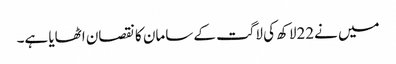
میں نے22لاکھ کی لاگت کے سامان کا نقصان اٹھایا ہے۔